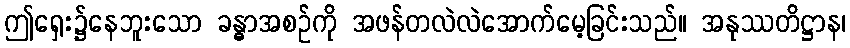
ဤရှေး၌နေဘူးသော ခန္ဓာအစဉ်ကို အဖန်တလဲလဲအောက်မေ့ခြင်းသည်။ အနုဿတိဋ္ဌာန၊